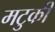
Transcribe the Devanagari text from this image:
मटुकी